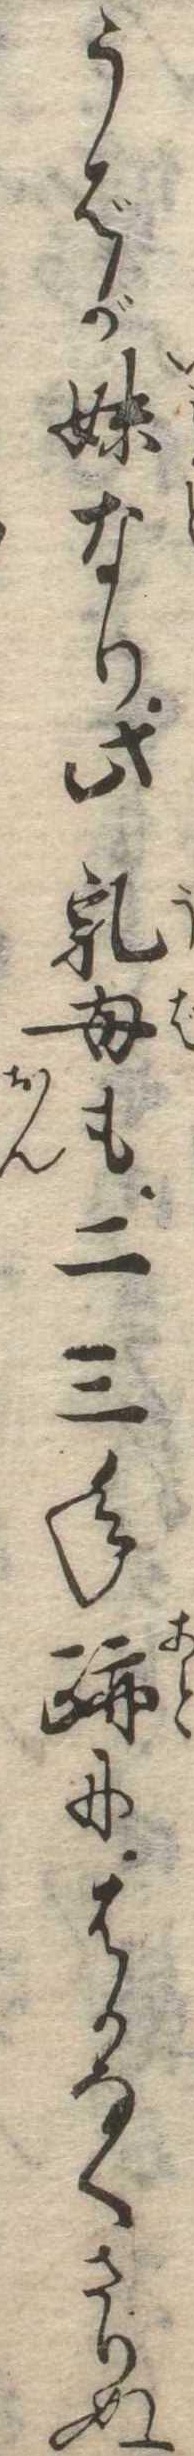
うばが妹なり此乳母も二三年跡にはかなくさりぬ